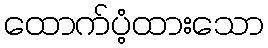
ထောက်ပံ့ထားသော